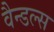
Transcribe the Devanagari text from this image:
वैन्डल्स